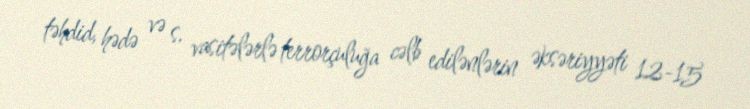
təhdid, hədə və s. vasitələrlə terrorçuluğa cəlb edilənlərin əksəriyyəti 12-15